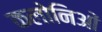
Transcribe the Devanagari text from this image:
कलोनिओं